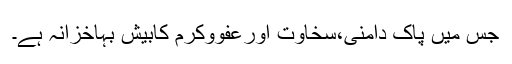
جس میں پاک دامَنی،سخاوت اورعَفْووکرَم کابیش بہاخزانہ ہے۔